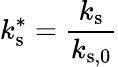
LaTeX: k_{\mathrm{s}}^{*}=\frac{k_{\mathrm{s}}}{k_{\mathrm{s,0}}}